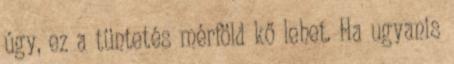
úgy, ez a tüntetés mérföld kő lehet. Ha ugyanis